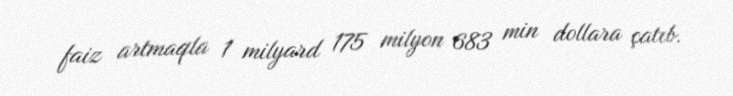
faiz artmaqla 1 milyard 175 milyon 683 min dollara çatıb.